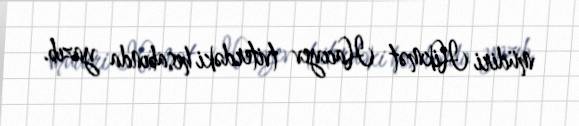
müdiri Hikmət Hacıyev tviterdəki hesabında yazıb.